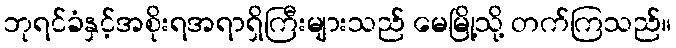
ဘုရင်ခံနှင့်အစိုးရအရာရှိကြီးများသည် မေမြို့သို့ တက်ကြသည်။